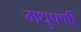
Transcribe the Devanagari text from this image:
मधुपर्णी